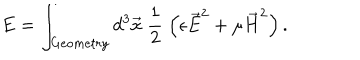
E = \int _ { G e o m e t r y } d ^ { 3 } \vec { x } \; \frac { 1 } { 2 } \; \left( \epsilon \vec { E } ^ { 2 } + \mu \vec { H } ^ { 2 } \right) .